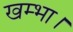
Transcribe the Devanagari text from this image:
खम्भा।